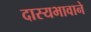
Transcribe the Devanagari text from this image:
दास्यभावाने